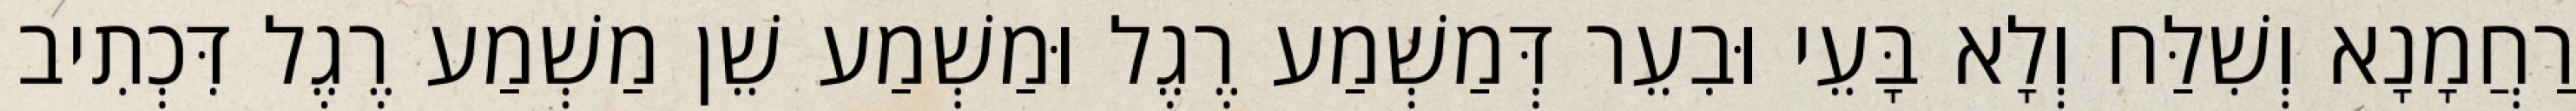
רַחֲמָנָא וְשִׁלַּח וְלָא בָּעֵי וּבִעֵר דְּמַשְׁמַע רֶגֶל וּמַשְׁמַע שֵׁן מַשְׁמַע רֶגֶל דִּכְתִיב